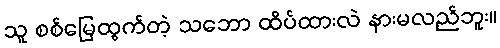
သူ စစ်မြေထွက်တဲ့ သဘော ထိပ်ထားလဲ နားမလည်ဘူး။